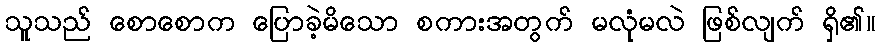
သူသည် စောစောက ပြောခဲ့မိသော စကားအတွက် မလုံမလဲ ဖြစ်လျက် ရှိ၏။